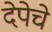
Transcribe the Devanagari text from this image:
देपेचे